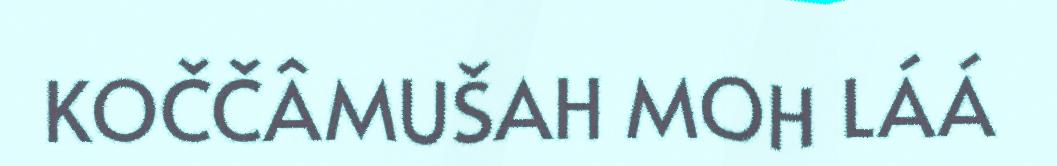
KOČČÂMUŠAH MOH LÁÁ